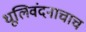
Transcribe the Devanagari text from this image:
धूलिवंदनाचाच